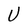
Character: U